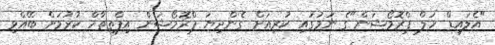
"އެލައިޑް ހަލް ޕްރޮމޯޝަން"ގެ ނަމުގައި ކުރިއަށް ގެންދިޔަ ޕްރޮމޯޝަން އިފްތިތާހް ކުރުމަށް ބޭއްވި